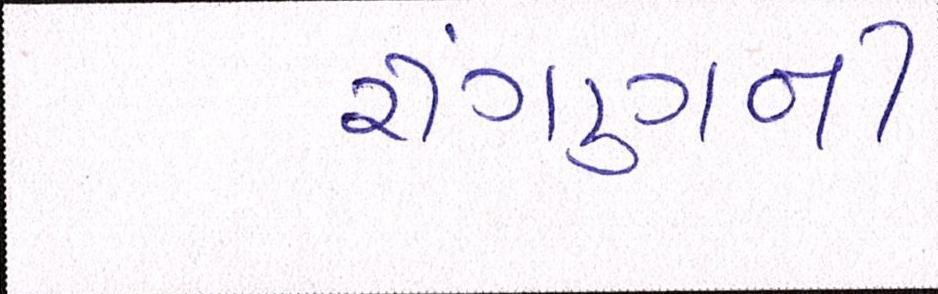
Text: રીંગણની